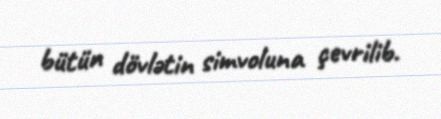
bütün dövlətin simvoluna çevrilib.